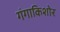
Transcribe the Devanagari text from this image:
गंगाकिशोर